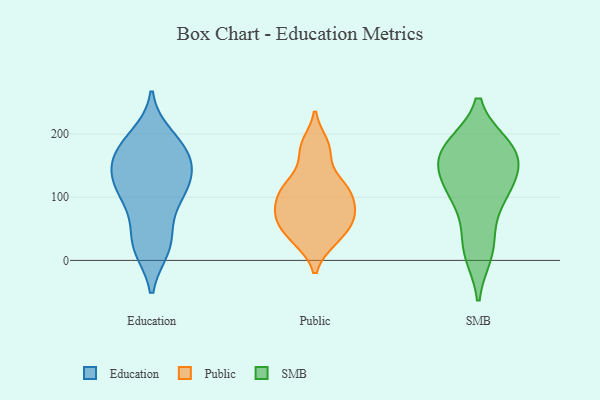
{"axis": {"x": "Page Views", "y": "Value"}, "legend": ["Education", "Public", "SMB"], "data": [{"x": "", "y": 196, "type": "Education"}, {"x": "", "y": 132, "type": "Education"}, {"x": "", "y": 173, "type": "Education"}, {"x": "", "y": 88, "type": "Education"}, {"x": "", "y": 117, "type": "Education"}, {"x": "", "y": 23, "type": "Education"}, {"x": "", "y": 22, "type": "Education"}, {"x": "", "y": 186, "type": "Education"}, {"x": "", "y": 45, "type": "Education"}, {"x": "", "y": 104, "type": "Education"}, {"x": "", "y": 150, "type": "Education"}, {"x": "", "y": 109, "type": "Education"}, {"x": "", "y": 178, "type": "Education"}, {"x": "", "y": 157, "type": "Education"}, {"x": "", "y": 120, "type": "Education"}, {"x": "", "y": 157, "type": "Education"}, {"x": "", "y": 20, "type": "Education"}, {"x": "", "y": 59, "type": "Public"}, {"x": "", "y": 115, "type": "Public"}, {"x": "", "y": 121, "type": "Public"}, {"x": "", "y": 183, "type": "Public"}, {"x": "", "y": 113, "type": "Public"}, {"x": "", "y": 77, "type": "Public"}, {"x": "", "y": 32, "type": "Public"}, {"x": "", "y": 33, "type": "Public"}, {"x": "", "y": 99, "type": "Public"}, {"x": "", "y": 70, "type": "Public"}, {"x": "", "y": 68, "type": "Public"}, {"x": "", "y": 172, "type": "Public"}, {"x": "", "y": 169, "type": "SMB"}, {"x": "", "y": 137, "type": "SMB"}, {"x": "", "y": 180, "type": "SMB"}, {"x": "", "y": 26, "type": "SMB"}, {"x": "", "y": 173, "type": "SMB"}, {"x": "", "y": 13, "type": "SMB"}, {"x": "", "y": 128, "type": "SMB"}, {"x": "", "y": 102, "type": "SMB"}, {"x": "", "y": 96, "type": "SMB"}, {"x": "", "y": 173, "type": "SMB"}]}